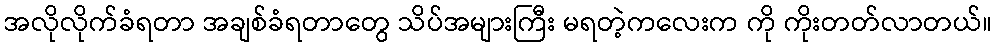
အလိုလိုက်ခံရတာ အချစ်ခံရတာတွေ သိပ်အများကြီး မရတဲ့ကလေးက ကို ကိုးတတ်လာတယ်။